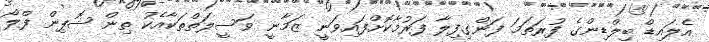
އެލައިޑް ބިލްޑިންގެ ފުރަތަމަ ފަންގިފިލާ ފަރުމާކޮށްފައިވަނީ ޒަމާނީ ވަސީލަތްތަކާއެކު ތިން ޝޮޕިން ފްލޯ